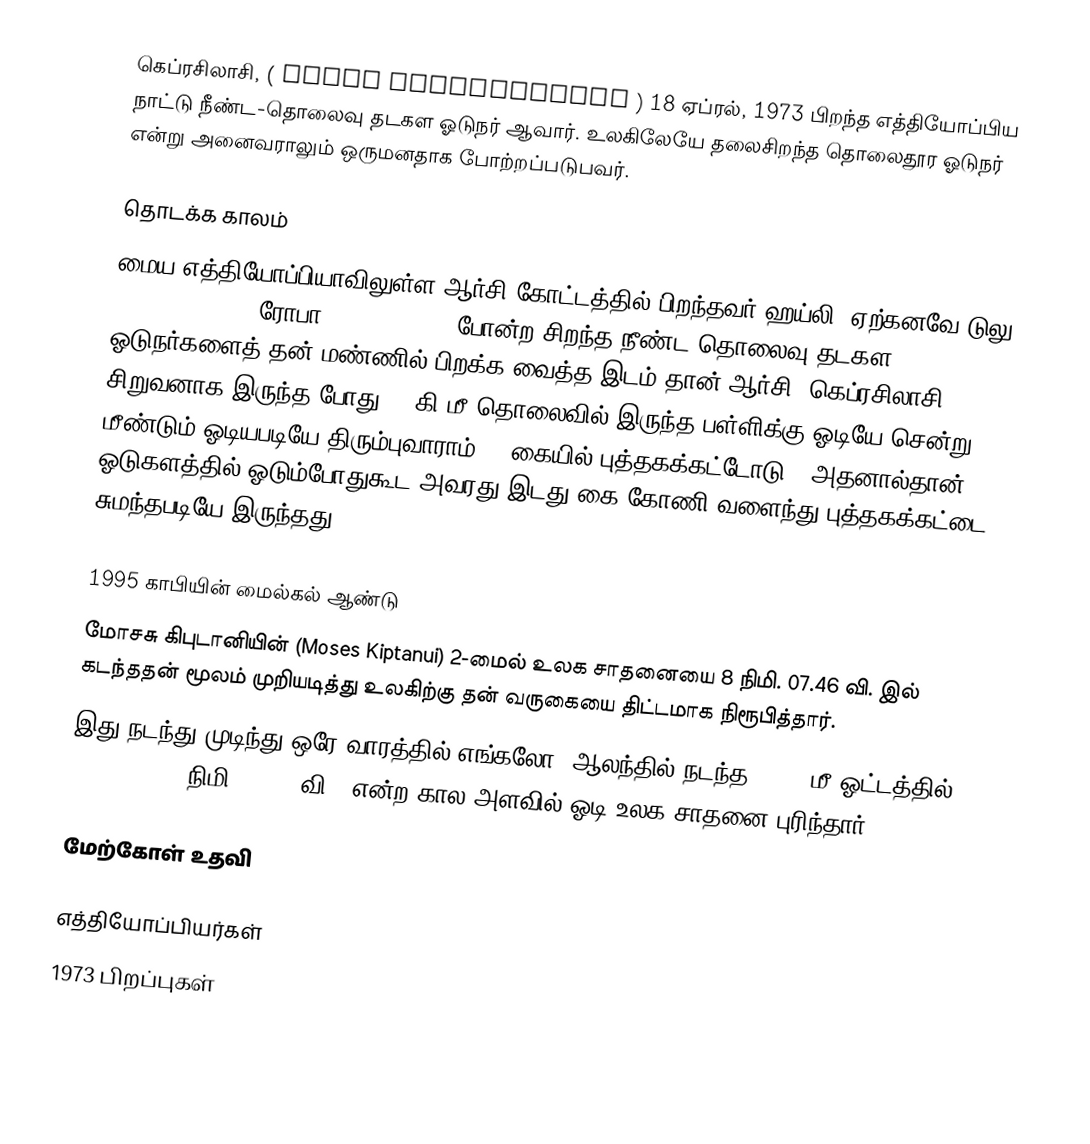
கெப்ரசிலாசி, (  Haile Gebrselassie  ) 18 ஏப்ரல், 1973 பிறந்த எத்தியோப்பிய நாட்டு நீண்ட-தொலைவு தடகள ஓடுநர் ஆவார். உலகிலேயே தலைசிறந்த தொலைதூர ஓடுநர் என்று அனைவராலும் ஒருமனதாக போற்றப்படுபவர்.

தொடக்க காலம்
மைய எத்தியோப்பியாவிலுள்ள ஆர்சி கோட்டத்தில் பிறந்தவர் ஹய்லி. ஏற்கனவே டுலு (Derartu Tulu), ரோபா (Fatuma Roba) போன்ற சிறந்த நீண்ட-தொலைவு தடகள ஓடுநர்களைத் தன் மண்ணில் பிறக்க வைத்த இடம் தான் ஆர்சி. கெப்ரசிலாசி சிறுவனாக இருந்த போது 10 கி.மீ தொலைவில் இருந்த பள்ளிக்கு ஓடியே சென்று மீண்டும் ஓடியபடியே திரும்புவாராம் -- கையில் புத்தகக்கட்டோடு!. அதனால்தான் ஓடுகளத்தில் ஓடும்போதுகூட அவரது இடது கை கோணி வளைந்து புத்தகக்கட்டை சுமந்தபடியே இருந்தது!

1995  காபியின் மைல்கல் ஆண்டு
 மோசசு கிபுடானியின் (Moses Kiptanui) 2-மைல் உலக சாதனையை 8 நிமி. 07.46 வி. இல் கடந்ததன் மூலம் முறியடித்து உலகிற்கு தன் வருகையை திட்டமாக நிரூபித்தார்.
 இது நடந்து முடிந்து ஒரே வாரத்தில் எங்கலோ, ஆலந்தில் நடந்த 10000 மீ ஓட்டத்தில் 26:43.53 (26 நிமி. 43.53 வி.) என்ற கால அளவில் ஓடி உலக சாதனை புரிந்தார்.

மேற்கோள் உதவி

எத்தியோப்பியர்கள்
1973 பிறப்புகள்